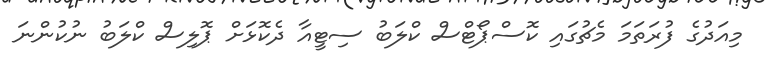
މިއަދުގެ ފުރަތަމަ މެޗުގައި ކޮސްޕޯޓްސް ކްލަބު ސިޓީއާ ދެކޮޅަށް ޕޮލިސް ކްލަބު ނުކުންނަ